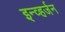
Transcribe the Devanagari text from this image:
इन्व्हर्जन